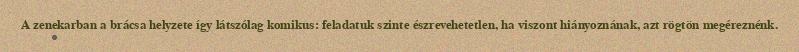
A zenekarban a brácsa helyzete így látszólag komikus: feladatuk szinte észrevehetetlen, ha viszont hiányoznának, azt rögtön megéreznénk.